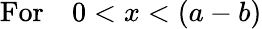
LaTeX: \mathrm{For}\quad 0<x<(a-b)